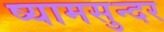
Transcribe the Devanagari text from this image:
ष्यामसुन्दर